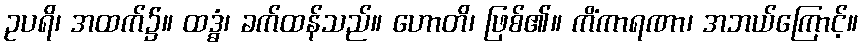
ဥပရိ၊ အထက်၌။ ထဒ္ဓံ၊ ခက်ထန်သည်။ ဟောတိ၊ ဖြစ်၏။ ကိံကာရဏာ၊ အဘယ်ကြောင့်။